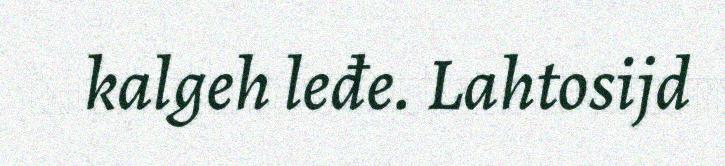
kalgeh leđe. Lahtosijd